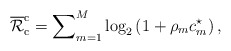
\begin{align*}{\overline{\mathcal{R}}}_{\rm{c}}^{\rm{c}}=\sum\nolimits_{m=1}^{M}\log_2\left(1+\rho_mc_m^{\star}\right),\end{align*}